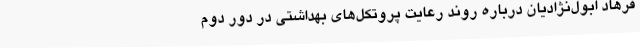
فرهاد ابول‌نژادیان درباره روند رعایت پروتکل‌های بهداشتی در دور دوم